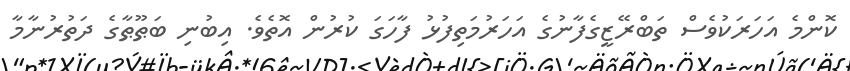
ކޮންމެ އަހަރަކުވެސް ތަބްރޭޒީގެފާނުގެ އަހަރުމަތިފުޅު ފާހަގަ ކުރުން އޮތެވެ. އިބުނި ބަޠޫޠާގެ ދަތުރުނާމާ